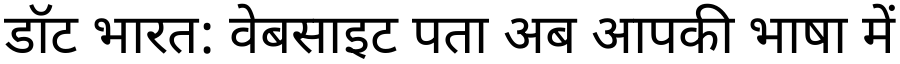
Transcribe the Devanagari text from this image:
डॉट भारत: वेबसाइट पता अब आपकी भाषा में